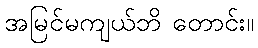
အမြင်မကျယ်ဘိ တောင်း။